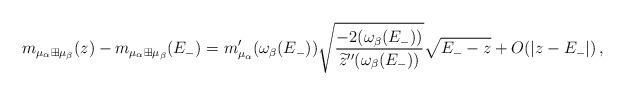
LaTeX: \begin{align*} m_{\mu_\alpha\boxplus\mu_\beta}(z)- m_{\mu_\alpha\boxplus\mu_\beta}(E_-)= m_{\mu_\alpha}'(\omega_\beta(E_-))\sqrt{\frac{-2 (\omega_\beta(E_-))}{\widetilde z''(\omega_\beta(E_-))}}\sqrt{E_--z}+O(|z-E_-|)\,,\end{align*}